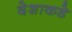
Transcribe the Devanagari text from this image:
देशाकडे